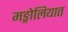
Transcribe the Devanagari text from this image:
मङ्गोलियात